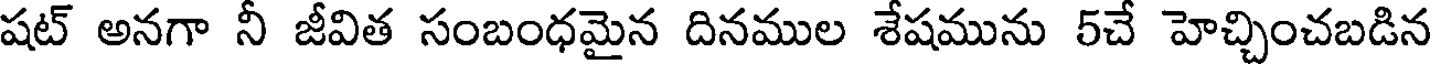
షట్ అనగా నీ జీవిత సంబంధమైన దినముల శేషమును 5చే హెచ్చించబడిన